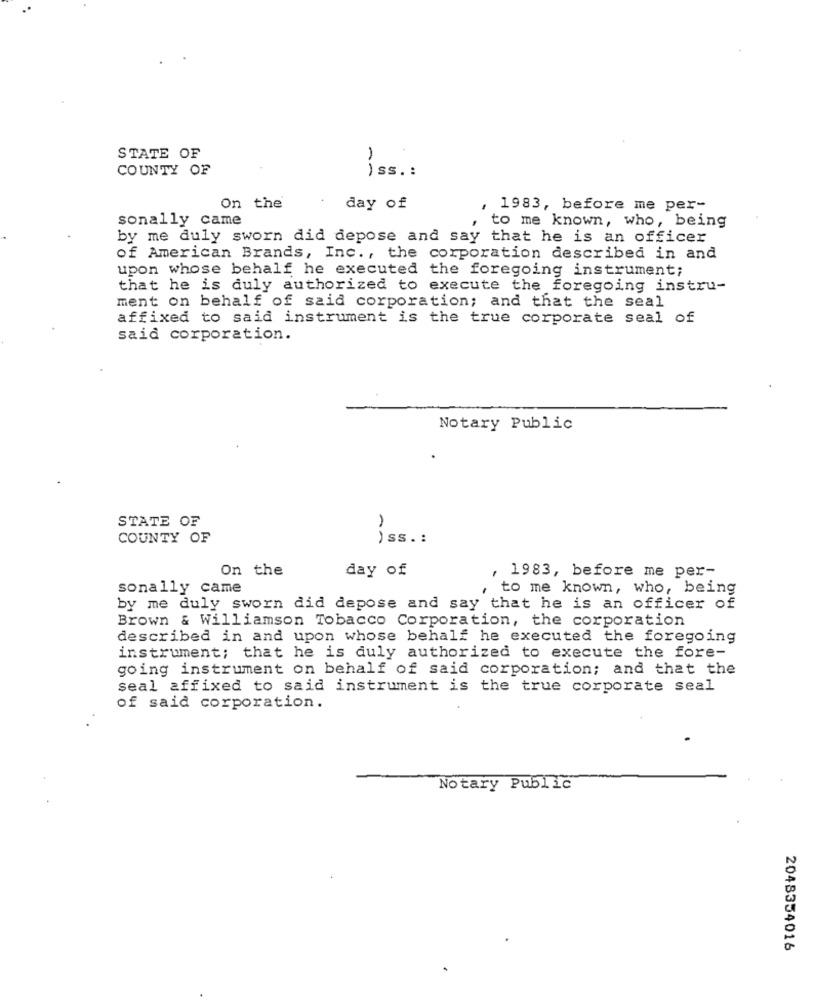
STATE OF
1
COUNTY OF
iss .:
On the
day of
1983, before me per-
sonally came
to me known, who, being
by me duly sworn did depose and say that he is an officer
of American Brands, Inc ., the corporation described in and
upon whose behalf he executed the foregoing instrument;
that he is duly authorized to execute the foregoing instru-
ment on behalf of said corporation; and that the seal
affixed to said instrument is the true corporate seal of
said corporation.
Notary Public
STATE OF
COUNTY OF
iss .:
On the
day of
1983, before me per-
sonally came
to me known, who, being
by me duly sworn did depose and say that he is an officer of
Brown & Williamson Tobacco Corporation, the corporation
described in and upon whose behalf he executed the foregoing
instrument; that he is duly authorized to execute the fore-
going instrument on behalf of said corporation; and that the
seal affixed to said instrument is the true corporate seal
of said corporation.
Notary Public
2048354016